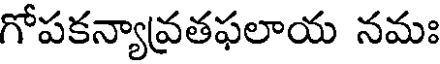
గోపకన్యావతఫలాయ నమః